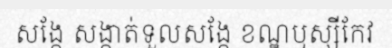
សង្កែ សង្កាត់ទួលសង្កែ ខណ្ឌឬស្សីកែវ